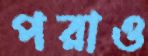
পরাও